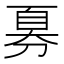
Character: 𫦍